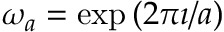
\omega _ { a } = \exp \left( 2 \pi \imath / a \right)